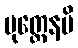
ပုတ္တေနပိ